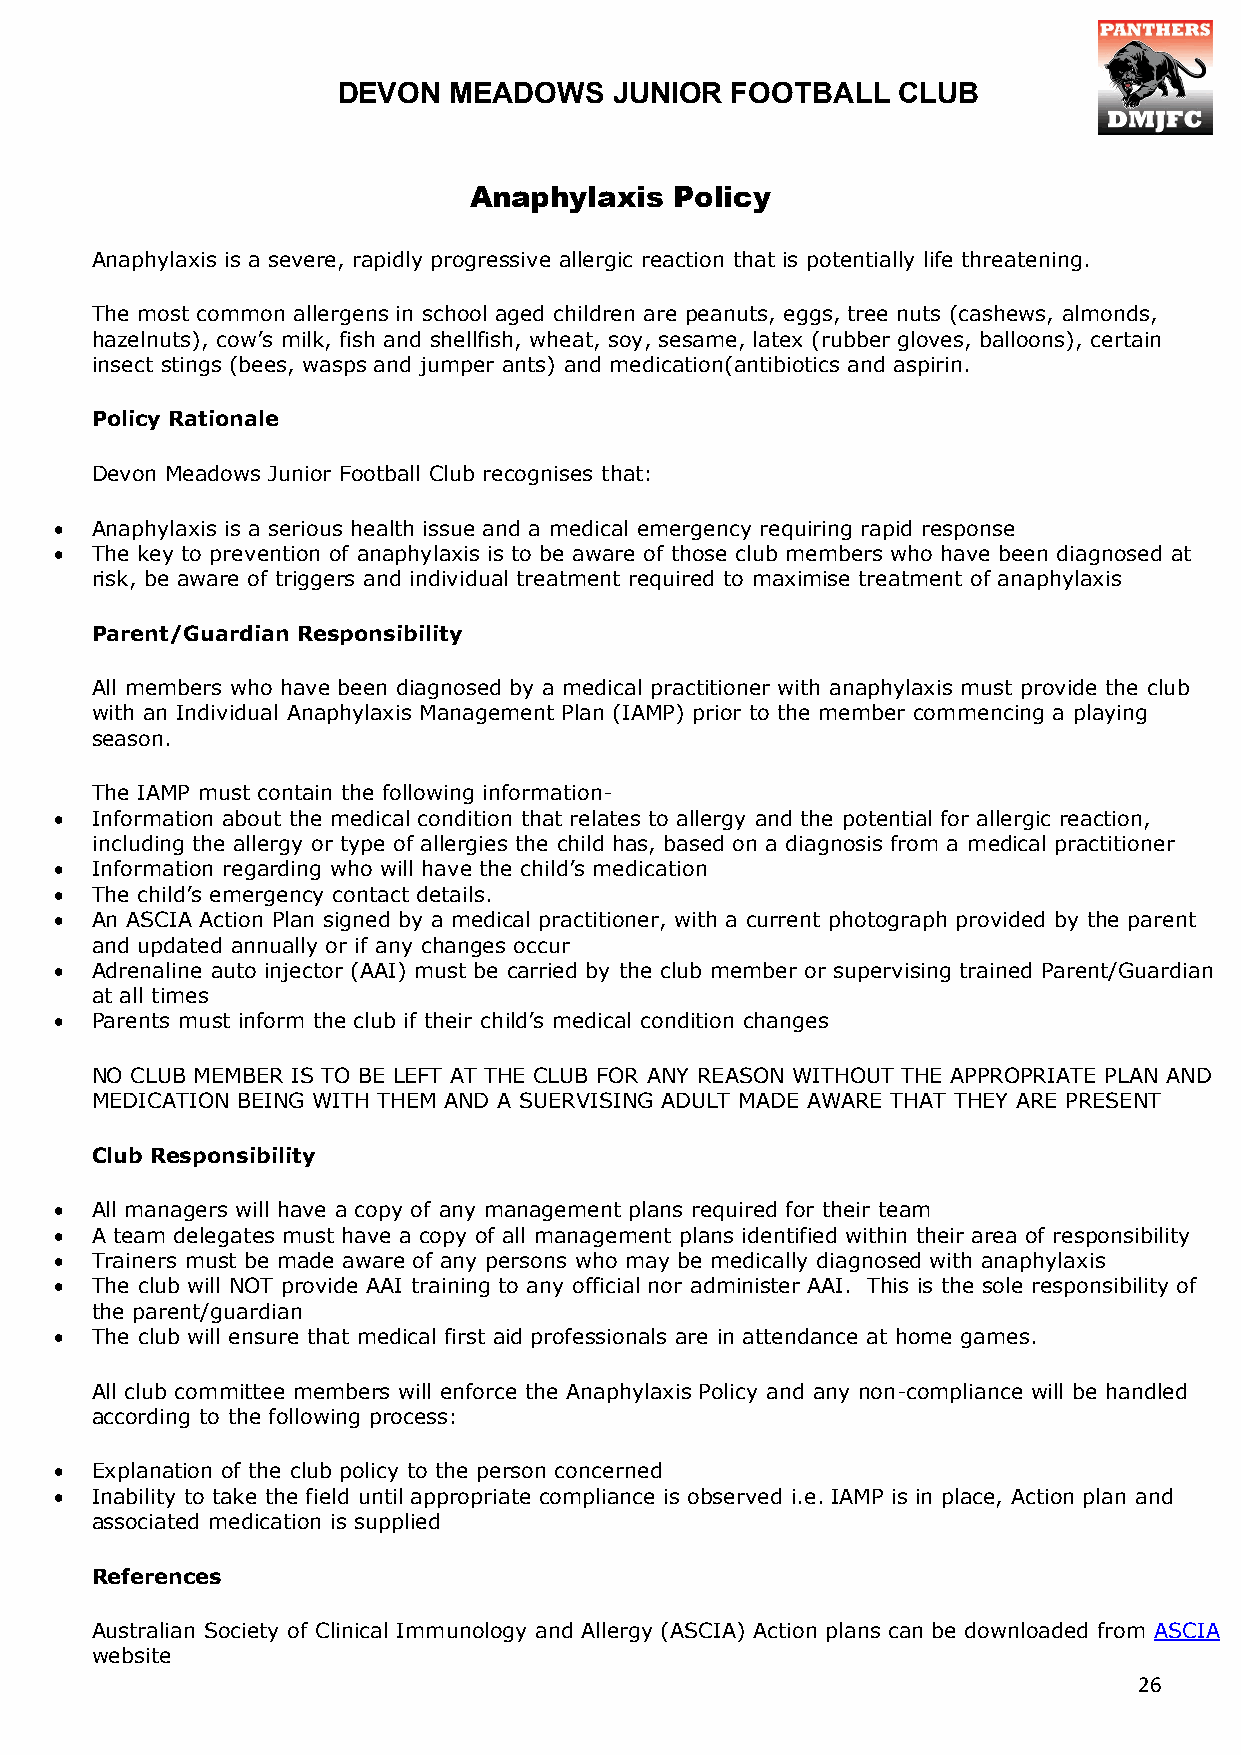
DEVON   MEADOWS    JUNIOR FOOTBALL   CLUB
 Anaphylaxis   Policy
 Anaphylaxis is a severe, rapidly progressive allergic reaction that is potentially life threatening.
 The most common allergens in school aged children are peanuts, eggs, tree nuts (cashews, almonds,
 hazelnuts), cow’s milk, fish and shellfish, wheat, soy, sesame, latex (rubber gloves, balloons), certain
 insect stings (bees, wasps and jumper ants) and medication(antibiotics and aspirin.
 Policy Rationale
 Devon Meadows Junior Football Club recognises that:
 • Anaphylaxis is a serious health issue and a medical emergency requiring rapid response
 • The key to prevention of anaphylaxis is to be aware of those club members who have been diagnosed at
 risk, be aware of triggers and individual treatment required to maximise treatment of anaphylaxis
 Parent/Guardian Responsibility
 All members who have been diagnosed by a medical practitioner with anaphylaxis must provide the club
 with an Individual Anaphylaxis Management Plan (IAMP) prior to the member commencing a playing
 season.
 The IAMP must contain the following information-
 • Information about the medical condition that relates to allergy and the potential for allergic reaction,
 including the allergy or type of allergies the child has, based on a diagnosis from a medical practitioner
 • Information regarding who will have the child’s medication
 • The child’s emergency contact details.
 • An ASCIA Action Plan signed by a medical practitioner, with a current photograph provided by the parent
 and updated annually or if any changes occur
 • Adrenaline auto injector (AAI) must be carried by the club member or supervising trained Parent/Guardian
 at all times
 • Parents must inform the club if their child’s medical condition changes
 NO CLUB MEMBER IS TO BE LEFT AT THE CLUB FOR ANY REASON WITHOUT THE APPROPRIATE PLAN AND
 MEDICATION BEING WITH THEM AND A SUERVISING ADULT MADE AWARE THAT THEY ARE PRESENT
 Club Responsibility
 • All managers will have a copy of any management plans required for their team
 • A team delegates must have a copy of all management plans identified within their area of responsibility
 • Trainers must be made aware of any persons who may be medically diagnosed with anaphylaxis
 • The club will NOT provide AAI training to any official nor administer AAI. This is the sole responsibility of
 the parent/guardian
 • The club will ensure that medical first aid professionals are in attendance at home games.
 All club committee members will enforce the Anaphylaxis Policy and any non-compliance will be handled
 according to the following process:
 • Explanation of the club policy to the person concerned
 • Inability to take the field until appropriate compliance is observed i.e. IAMP is in place, Action plan and
 associated medication is supplied
 References
 Australian Society of Clinical Immunology and Allergy (ASCIA) Action plans can be downloaded from ASCIA
 website
 26